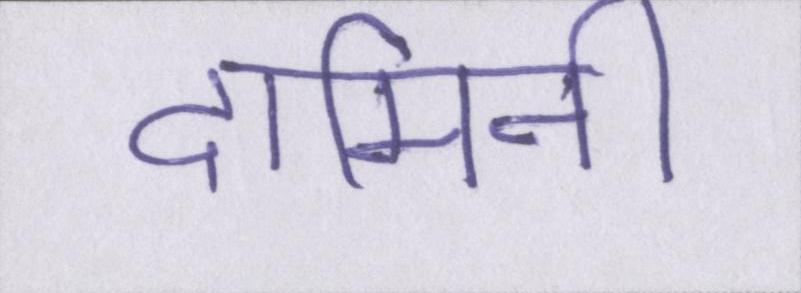
दामिनी